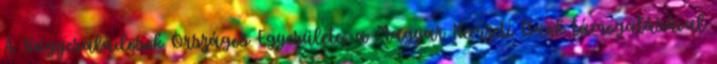
A Nagycsaládosok Országos Egyesülete, a Magyar Nemzeti Bank támogatásával